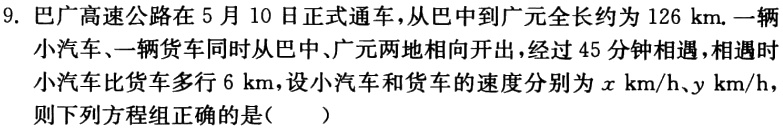
9. 巴广高速公路在 5 月 10 日正式通车，从巴中到广元全长约为 126 km. 一辆

小汽车、一辆货车同时从巴中、广元两地相向开出，经过 45 分钟相遇，相遇时

小汽车比货车多行 6 km，设小汽车和货车的速度分别为\(x\mathrm{km/h}、y\mathrm{km/h}\)，

则下列方程组正确的是(  )